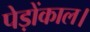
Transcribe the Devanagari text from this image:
पेड़ोंकाल।